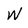
Character: W